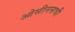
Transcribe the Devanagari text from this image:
ओसीनसची